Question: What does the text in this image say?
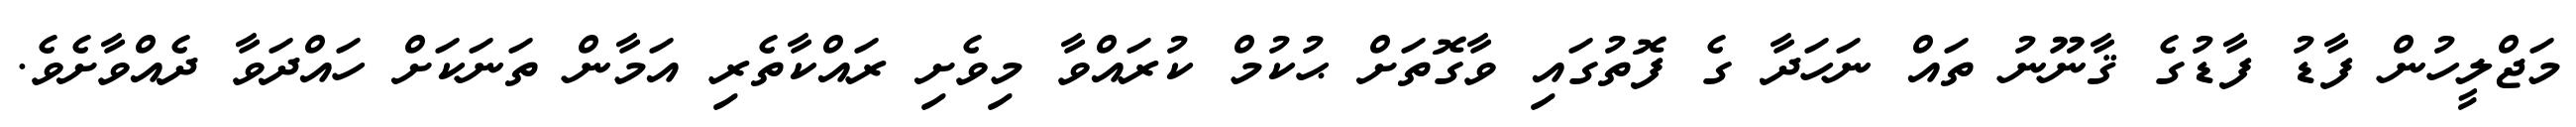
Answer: މަޖްލީހުން ފާޑު ފާޑުގެ ޤާނޫނު ތައް ނަހަދާ ގެ ފޮތުގައި ވާގޮތަށް ޙުކުމް ކުރައްވާ މިވެށި ރައްކާތެރި އަމާން ތަނަކަށް ހައްދަވާ ދެއްވާށެވެ.